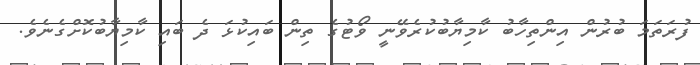
ފުރަތަމަ ބުރުން އިންތިހާބު ކާމިޔާބުކުރެވޭނީ ވޯޓުގެ ތިން ބައިކުޅަ ދެ ބައި ކާމިޔާބުކޮށްގެނެވެ.